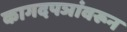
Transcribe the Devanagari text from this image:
कागदपञांवरून